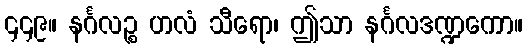
၄၄၉။ နင်္ဂလဉ္စ ဟလံ သီရော၊ ဤသာ နင်္ဂလဒဏ္ဍကော။